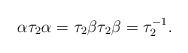
LaTeX: \begin{align*}\alpha\tau_2\alpha = \tau_2 \beta \tau_2 \beta = \tau_2^{-1}.\end{align*}